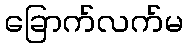
ခြောက်လက်မ